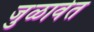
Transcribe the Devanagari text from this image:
जुळावेत